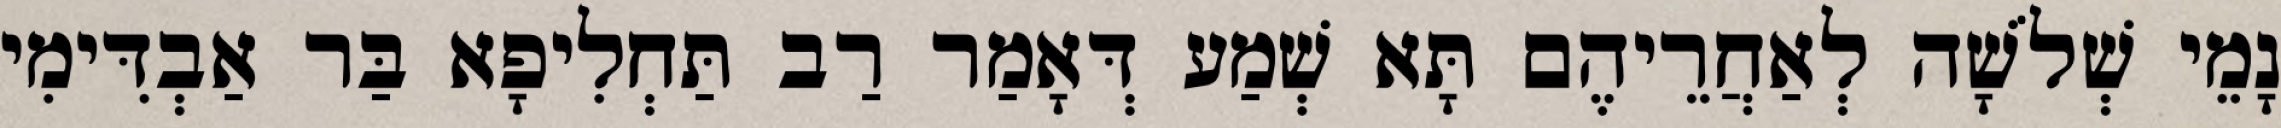
נָמֵי שְׁלֹשָׁה לְאַחֲרֵיהֶם תָּא שְׁמַע דְּאָמַר רַב תַּחְלִיפָא בַּר אַבְדִּימִי